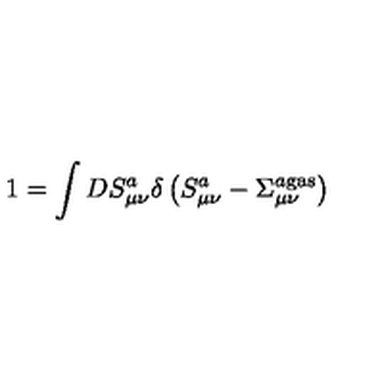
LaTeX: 1 = \int D S _ { \mu \nu } ^ { a } \delta \left( S _ { \mu \nu } ^ { a } - \Sigma _ { \mu \nu } ^ { a { } \mathrm { g a s } } \right)